画像に写った文字を読んでください
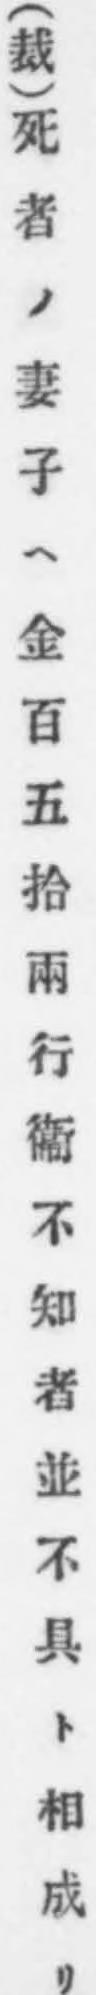
「(裁)死者ノ妻子ヘ金百五拾兩行衞不知者並不具ト相成リ」と書いてあります